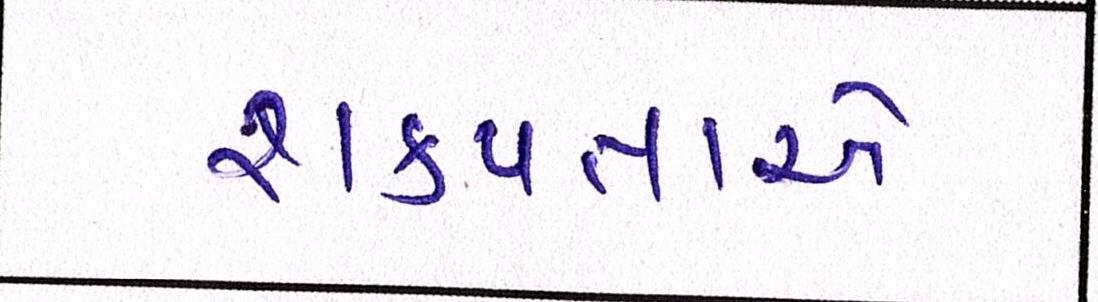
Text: શક્યતાએ